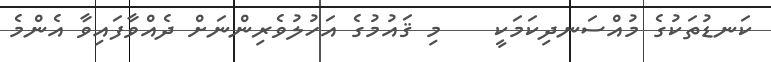
ކަނޑުތަކުގެ މުއްސަނދިކަމަކީ    މި ޤައުމުގެ އަހުލުވެރިންނަށް ދެއްވާފައިވާ އެންމެ